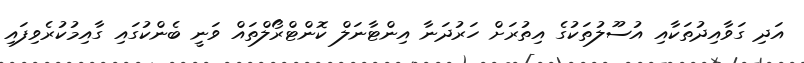
އަދި ގަވާއިދުތަކާއި އުސޫލުތަކުގެ އިތުރަށް ހަރުދަނާ އިންޓާނަލް ކޮންޓްރޯލްތައް ވަނީ ބެންކުގައި ގާއިމުކުރެވިފައި